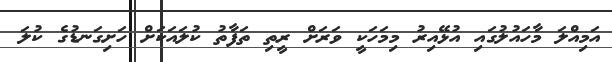
އަމިއްލަ މާހައުލުގައި އުޅޭއިރު މިމަހަކީ ވަރަށް ރީތި ތަފާތު ކުލައަކަށް ހަށިގަނޑުގެ ކުލަ